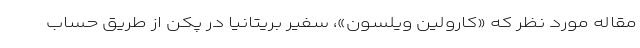
مقاله مورد نظر که «کارولین ویلسون»، سفیر بریتانیا در پکن از طریق حساب